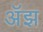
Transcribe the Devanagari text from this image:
अॅझ